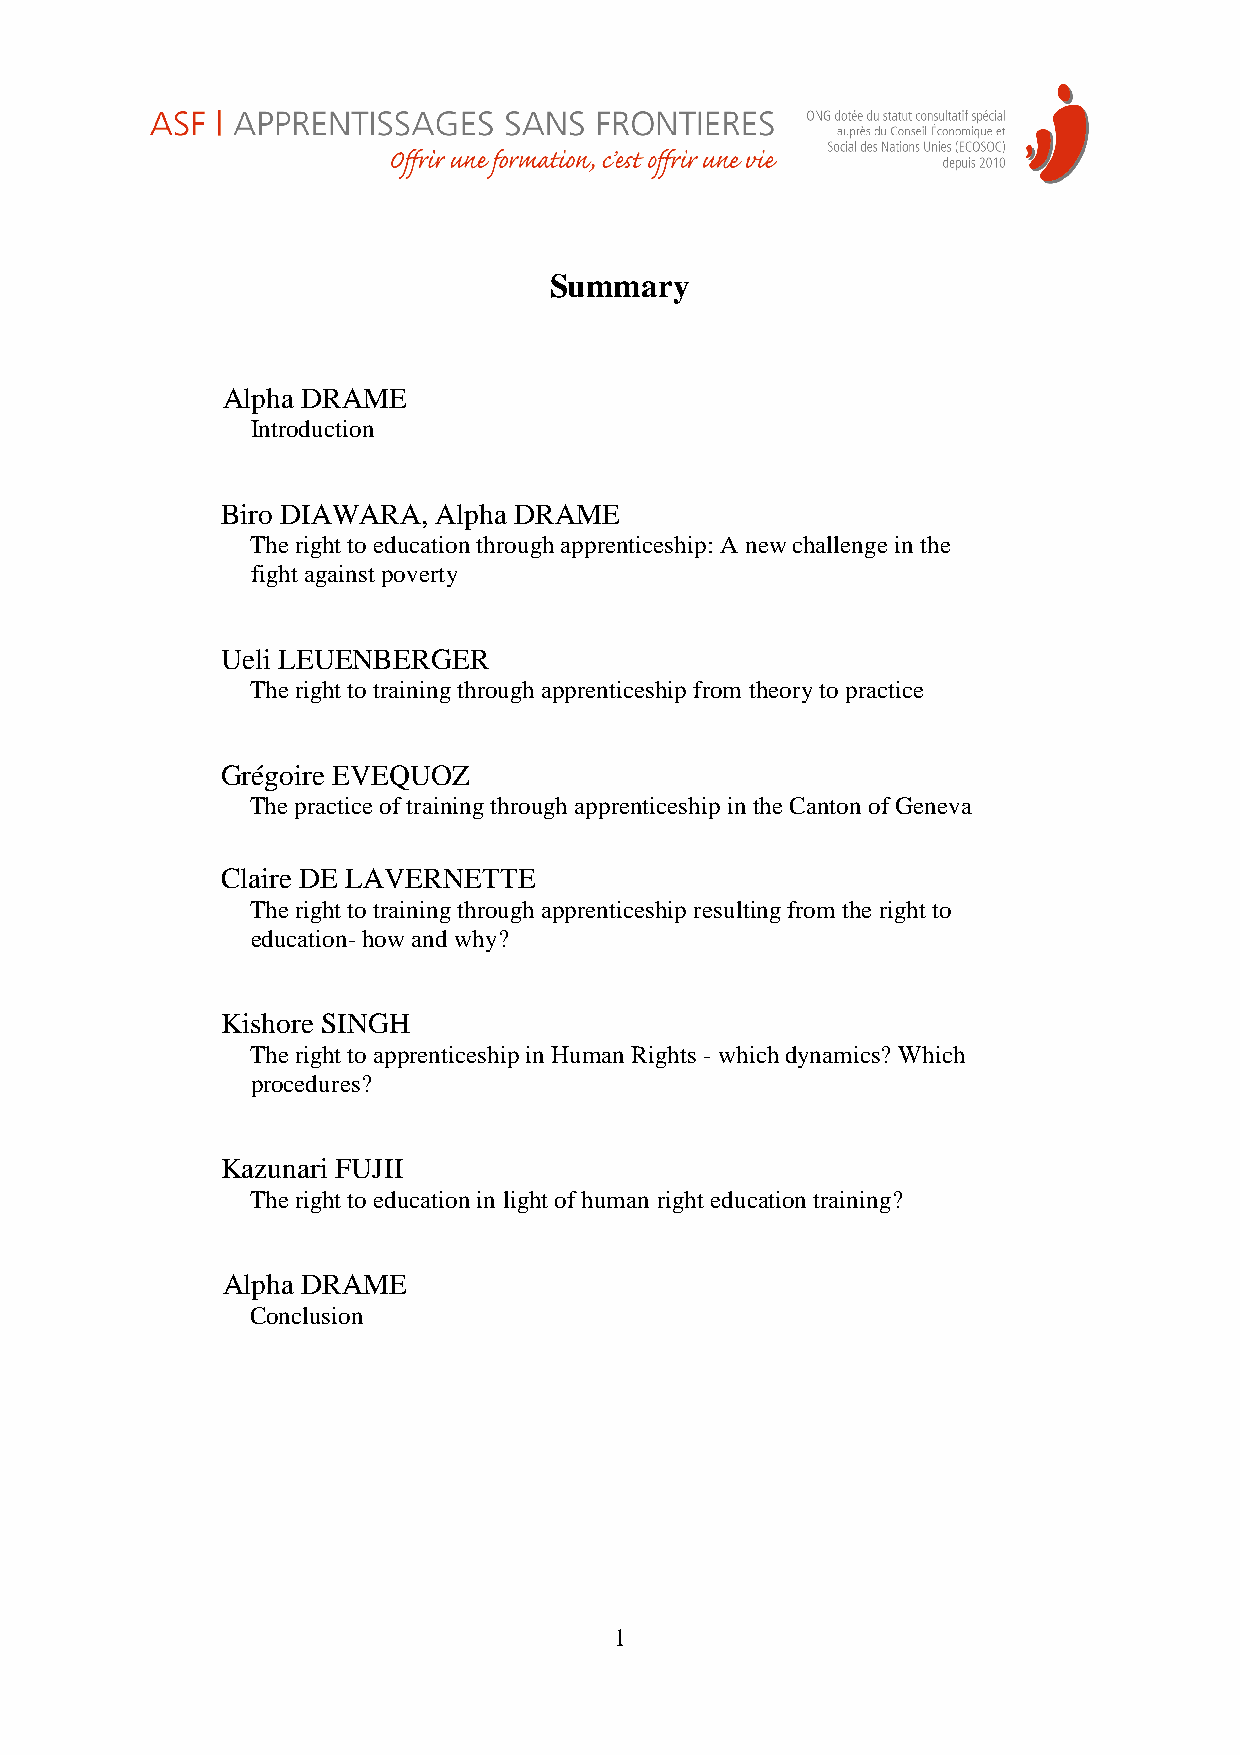
Summary
 Alpha DRAME
 Introduction
 Biro DIAWARA, Alpha DRAME
 The right to education through apprenticeship: A new challenge in the
 fight against poverty
 Ueli LEUENBERGER
 The right to training through apprenticeship from theory to practice
 Grégoire EVEQUOZ
 The practice of training through apprenticeship in the Canton of Geneva
 Claire DE LAVERNETTE
 The right to training through apprenticeship resulting from the right to
 education- how and why?
 Kishore SINGH
 The right to apprenticeship in Human Rights - which dynamics? Which
 procedures?
 Kazunari FUJII
 The right to education in light of human right education training?
 Alpha DRAME
 Conclusion
 1